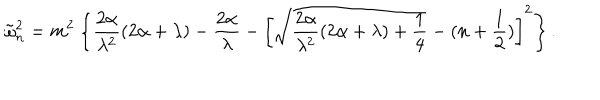
\tilde { \omega } _ { n } ^ { 2 } = m ^ { 2 } \left\{ \frac { 2 \alpha } { \lambda ^ { 2 } } ( 2 \alpha + \lambda ) - \frac { 2 \alpha } { \lambda } - \left[ \sqrt { \frac { 2 \alpha } { \lambda ^ { 2 } } ( 2 \alpha + \lambda ) + \frac 1 4 } - ( n + \frac 1 2 ) \right] ^ { 2 } \right\} .